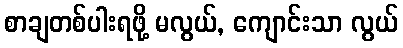
စာချတစ်ပါးရဖို့ မလွယ်, ကျောင်းသာ လွယ်